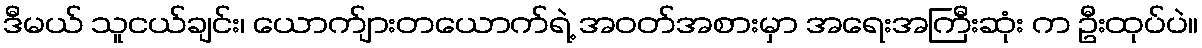
ဒီမယ် သူငယ်ချင်း၊ ယောက်ျားတယောက်ရဲ့ အဝတ်အစားမှာ အရေးအကြီးဆုံး က ဦးထုပ်ပဲ။